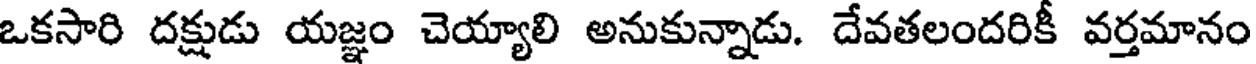
ఒకసారి దక్షుడు యజ్ఞం చెయ్యాలి అనుకున్నాడు. దేవతలందరికీ వర్తమానం